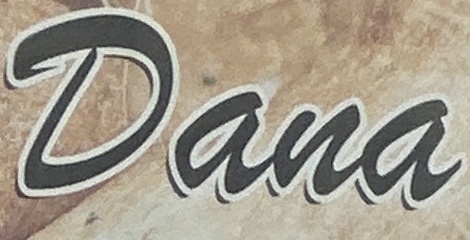
Dana